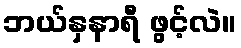
ဘယ်နှနာရီ ဖွင့်လဲ။